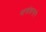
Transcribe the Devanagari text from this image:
नामांकनाने